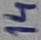
Text: 14